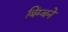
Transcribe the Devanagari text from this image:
बिंम्बने